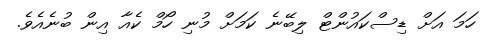
ހަމަ އަށް ޑިސްކައުންޓް ލިބޭނެ ކަމަށް މުނި ހޯމް ކެއާ އިން ބުނެއެވެ.